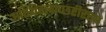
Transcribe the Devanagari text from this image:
अस्थिरत्वाच्छरीरस्य